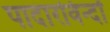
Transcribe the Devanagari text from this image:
पादारविन्दों